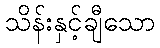
သိန်းနှင့်ချီသော